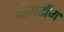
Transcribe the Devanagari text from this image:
वोर्मटोंग